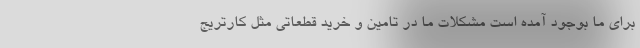
برای ما بوجود آمده است مشکلات ما در تامین و خرید قطعاتی مثل کارتریج